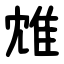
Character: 䧵